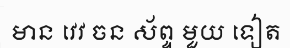
មាន វេវ ចន ស័ព្ទ មួយ ទៀត